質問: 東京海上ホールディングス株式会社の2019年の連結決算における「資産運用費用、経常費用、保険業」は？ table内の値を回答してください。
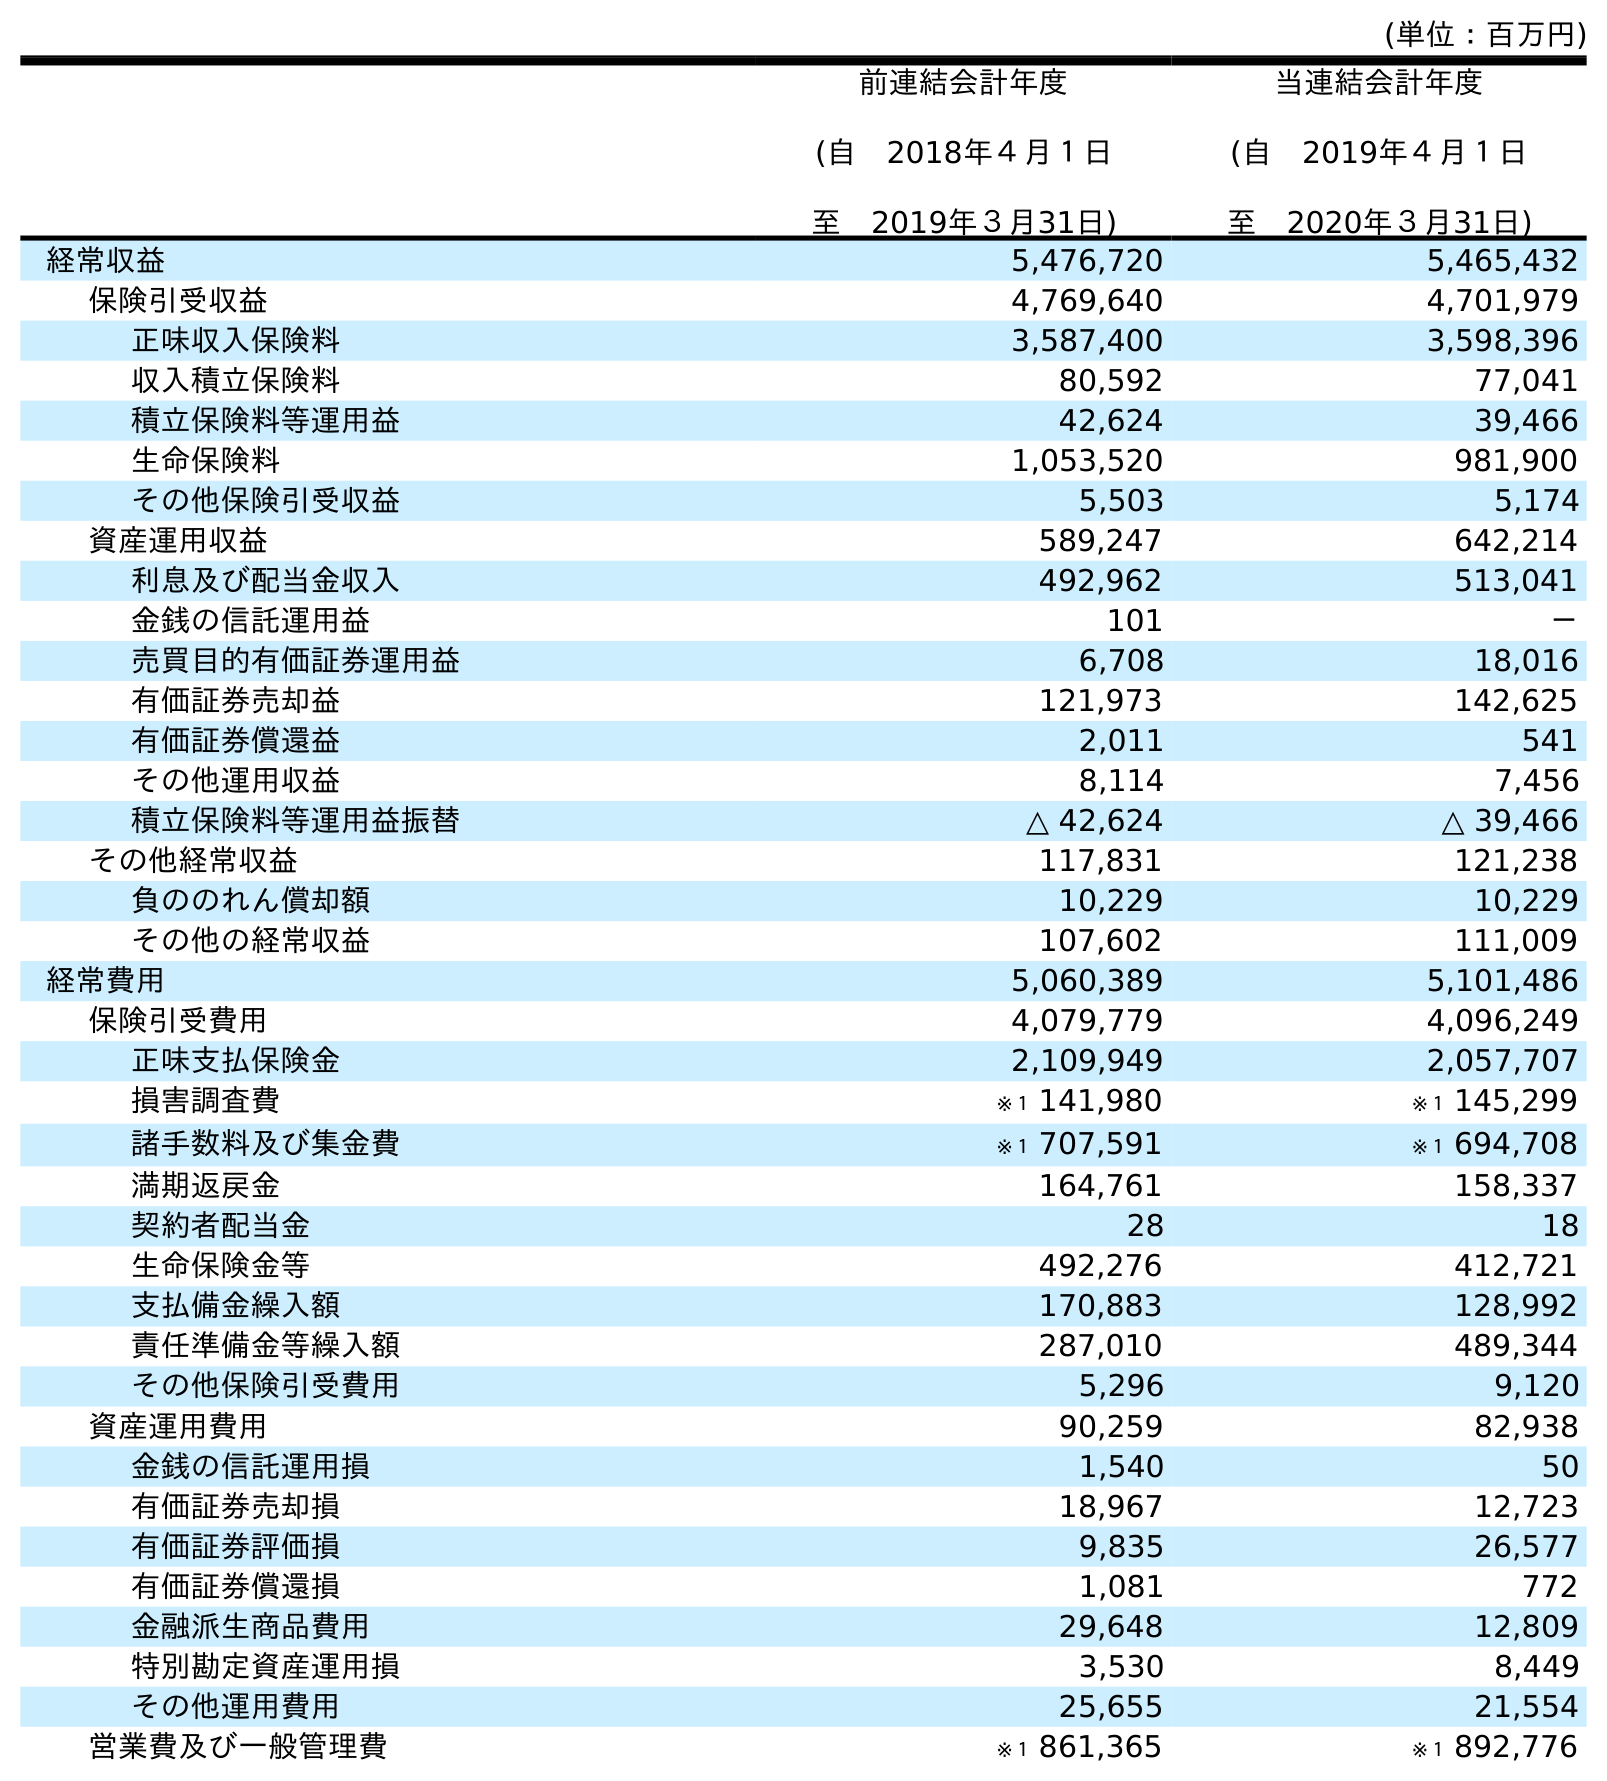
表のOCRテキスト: (単位：百万円) 前連結会計年度 (自 2018年４月１日 至 2019年３月31日) 当連結会計年度 (自 2019年４月１日 至 2020年３月31日) 経常収益 5,476,720 5,465,432 保険引受収益 4,769,640 4,701,979 正味収入保険料 3,587,400 3,598,396 収入積立保険料 80,592 77,041 積立保険料等運用益 42,624 39,466 生命保険料 1,053,520 981,900 その他保険引受収益 5,503 5,174 資産運用収益 589,247 642,214 利息及び配当金収入 492,962 513,041 金銭の信託運用益 101 － 売買目的有価証券運用益 6,708 18,016 有価証券売却益 121,973 142,625 有価証券償還益 2,011 541 その他運用収益 8,114 7,456 積立保険料等運用益振替 △ 42,624 △ 39,466 その他経常収益 117,831 121,238 負ののれん償却額 10,229 10,229 その他の経常収益 107,602 111,009 経常費用 5,060,389 5,101,486 保険引受費用 4,079,779 4,096,249 正味支払保険金 2,109,949 2,057,707 損害調査費 ※１ 141,980 ※１ 145,299 諸手数料及び集金費 ※１ 707,591 ※１ 694,708 満期返戻金 164,761 158,337 契約者配当金 28 18 生命保険金等 492,276 412,721 支払備金繰入額 170,883 128,992 責任準備金等繰入額 287,010 489,344 その他保険引受費用 5,296 9,120 資産運用費用 90,259 82,938 金銭の信託運用損 1,540 50 有価証券売却損 18,967 12,723 有価証券評価損 9,835 26,577 有価証券償還損 1,081 772 金融派生商品費用 29,648 12,809 特別勘定資産運用損 3,530 8,449 その他運用費用 25,655 21,554 営業費及び一般管理費 ※１ 861,365 ※１ 892,776
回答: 90,259